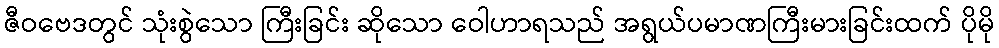
ဇီဝဗေဒတွင် သုံးစွဲသော ကြီးခြင်း ဆိုသော ဝေါဟာရသည် အရွယ်ပမာဏကြီးမားခြင်းထက် ပိုမို